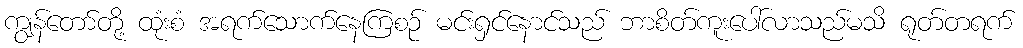
ကျွန်တော်တို့ ထုံးစံ အရက်သောက်နေကြစဉ် မင်းရှင်နောင်သည် ဘာစိတ်ကူးပေါ်လာသည်မသိ ရုတ်တရက်